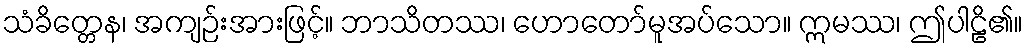
သံခိတ္တေန၊ အကျဉ်းအားဖြင့်။ ဘာသိတဿ၊ ဟောတော်မူအပ်သော။ ဣမဿ၊ ဤပါဠိ၏။